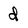
Character: d